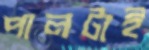
পালটাই